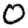
Digit: 0